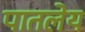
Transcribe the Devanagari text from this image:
पातलेय